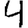
Digit: 4